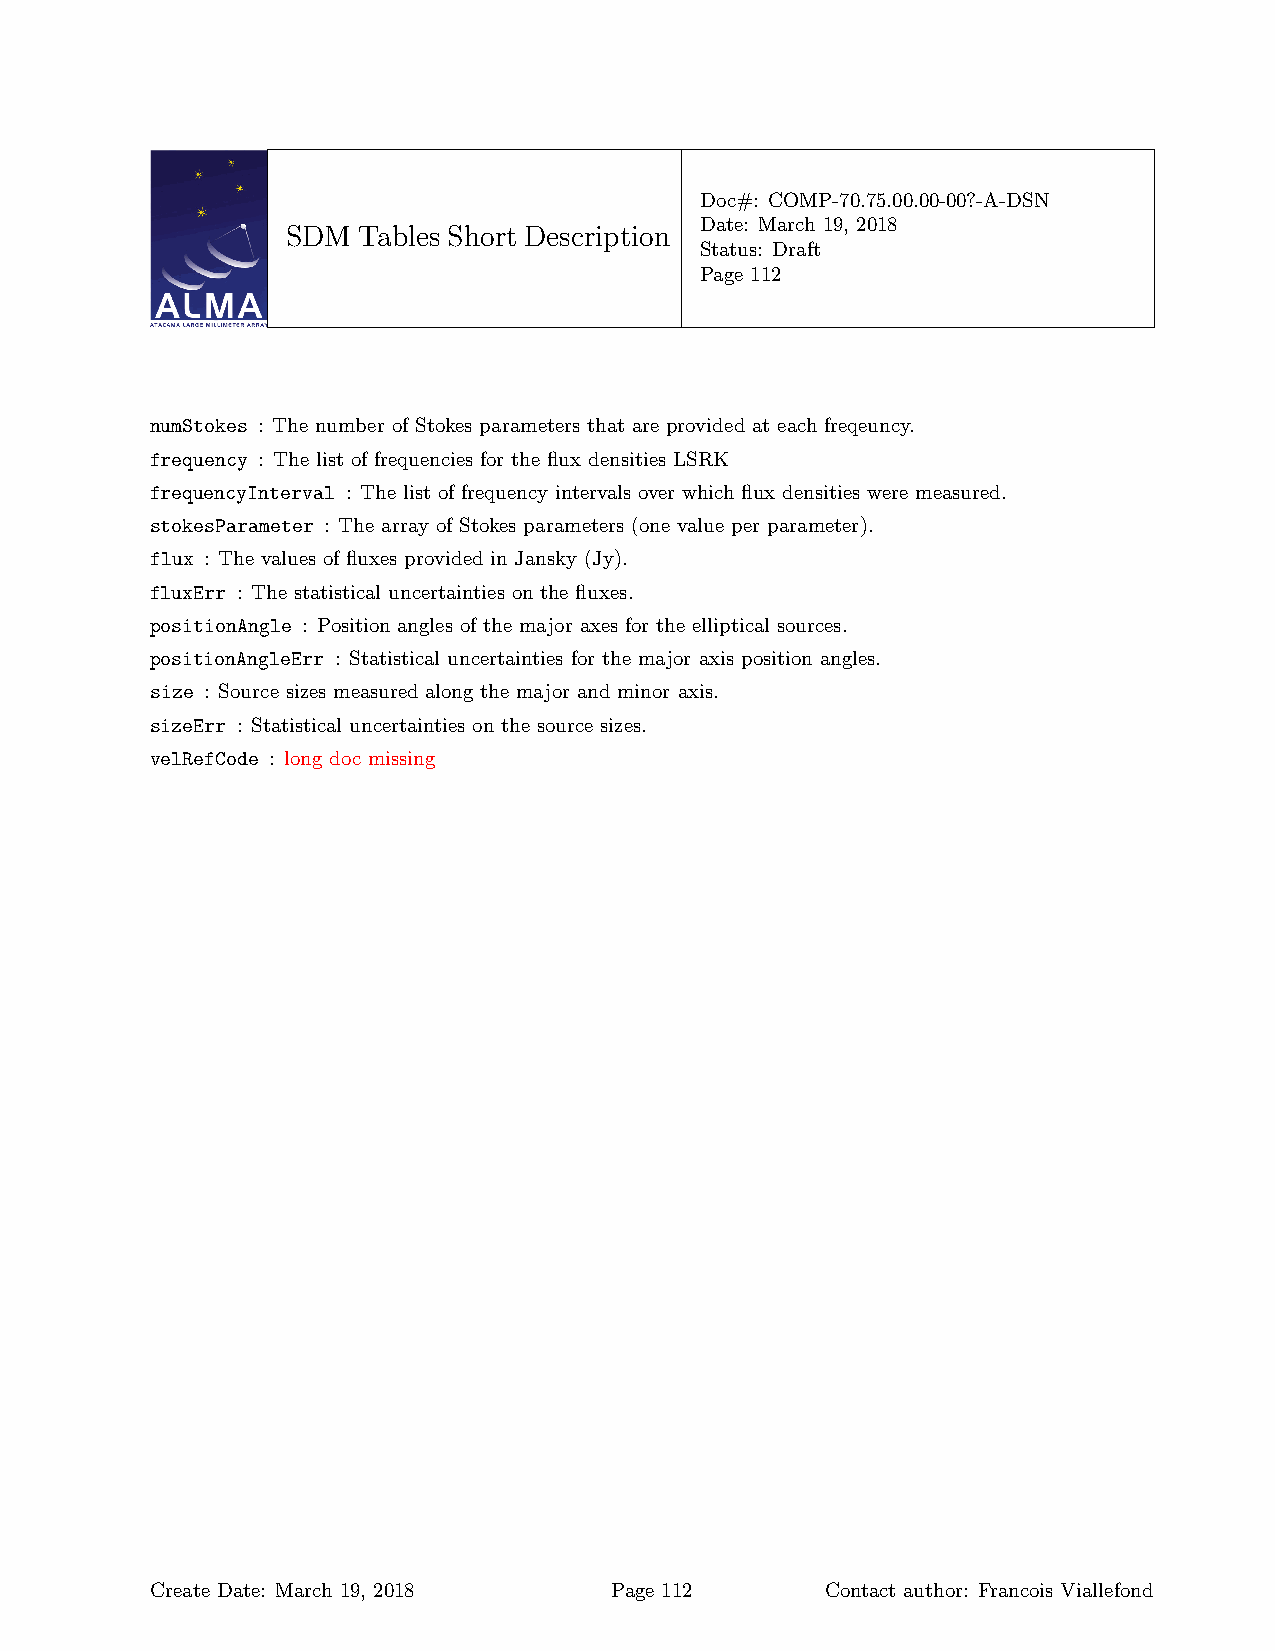
Doc#: COMP-70.75.00.00-00?-A-DSN
 Date: March 19, 2018
 SDM  Tables Short Description
 Status: Draft
 Page 112
 numStokes : The number of Stokes parameters that are provided at each freqeuncy.
 frequency : The list of frequencies for the flux densities LSRK
 frequencyInterval : The list of frequency intervals over which flux densities were measured.
 stokesParameter : The array of Stokes parameters (one value per parameter).
 flux : The values of fluxes provided in Jansky (Jy).
 fluxErr : The statistical uncertainties on the fluxes.
 positionAngle : Position angles of the major axes for the elliptical sources.
 positionAngleErr : Statistical uncertainties for the major axis position angles.
 size : Source sizes measured along the major and minor axis.
 sizeErr : Statistical uncertainties on the source sizes.
 velRefCode : long doc missing
 Create Date: March 19, 2018   Page 112       Contact author: Francois Viallefond